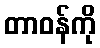
တာဝန်ကို